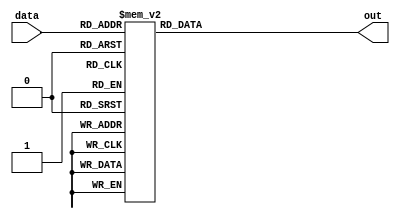
module convert_5bit(input [4:0] data, output reg [3:0] out);
	
	always@(*)
	begin
		case(data)
			5'b01010: out = 4'b0000;
			5'b01011: out = 4'b0001;
			5'b01100: out = 4'b0010;
			5'b01101: out = 4'b0011;
			5'b01110: out = 4'b0100;
			5'b01111: out = 4'b0101;
			5'b10000: out = 4'b0110;
			5'b10001: out = 4'b0111;
			5'b10010: out = 4'b1000;
			5'b10011: out = 4'b1001;
			
			//--------------------------
			
			5'b10100: out = 4'b0000;
			5'b10101: out = 4'b0001;
			5'b10110: out = 4'b0010;
			5'b10111: out = 4'b0011;
			5'b11000: out = 4'b0100;
			5'b11001: out = 4'b0101;
			5'b11010: out = 4'b0110;
			5'b11011: out = 4'b0111;
			5'b11100: out = 4'b1000;
			5'b11101: out = 4'b1001;
			//--------------------------
			
			5'b11110: out = 4'b0000;
			5'b11111: out = 4'b0001;
			5'b00000: out = 4'b0010;
			5'b00001: out = 4'b0011;
			5'b00010: out = 4'b0100;
			5'b00011: out = 4'b0101;
			5'b00100: out = 4'b0110;
			5'b00101: out = 4'b0111;
			5'b00110: out = 4'b1000;
			5'b00111: out = 4'b1001;
			
			//--------------------------
			
			5'b01000: out = 4'b0000;
			5'b01001: out = 4'b0001;
			5'b01010: out = 4'b0010;
			5'b01011: out = 4'b0011;
			5'b01100: out = 4'b0100;
			5'b01101: out = 4'b0101;
			5'b01110: out = 4'b0110;
			5'b01111: out = 4'b0111;
			5'b10000: out = 4'b1000;
			5'b10001: out = 4'b1001;
			
			//--------------------------
			
			5'b10010: out = 4'b0000;
			5'b10011: out = 4'b0001;
			5'b10100: out = 4'b0010;
			5'b10101: out = 4'b0011;
			5'b10110: out = 4'b0100;
			5'b10111: out = 4'b0101;
			5'b11000: out = 4'b0110;
			5'b11001: out = 4'b0111;
			5'b11010: out = 4'b1000;
			5'b11011: out = 4'b1001;
			

			default: out = 4'b1010;
			
		endcase
		
	end
endmodule